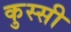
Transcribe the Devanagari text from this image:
कुस्सी